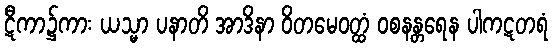
ဋီကာ၌ကား ယသ္မာ ပနာတိ အာဒိနာ ဝိတမေဝတ္ထံ ဝစနန္တရေန ပါကဋတရံ